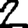
Digit: 2